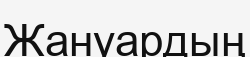
Жануардың